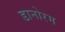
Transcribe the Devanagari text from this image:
डानोरम